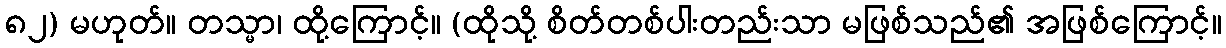
၈၂) မဟုတ်။ တသ္မာ၊ ထို့ကြောင့်။ (ထိုသို့ စိတ်တစ်ပါးတည်းသာ မဖြစ်သည်၏ အဖြစ်ကြောင့်။